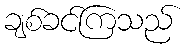
ချစ်ခင်ကြသည်